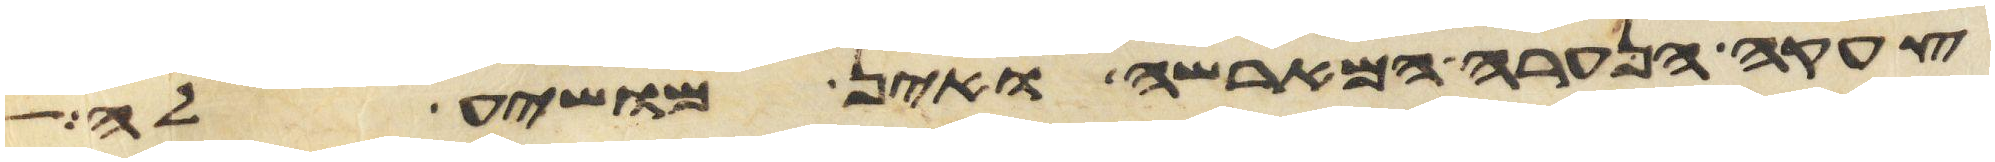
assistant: צעקה הנערה המארשה ואין מושיע לה